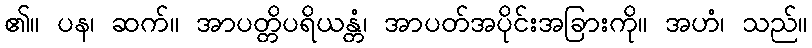
၏။ ပန၊ ဆက်။ အာပတ္တိပရိယန္တံ၊ အာပတ်အပိုင်းအခြားကို။ အဟံ၊ သည်။